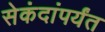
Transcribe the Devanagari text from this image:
सेकंदांपर्यंत